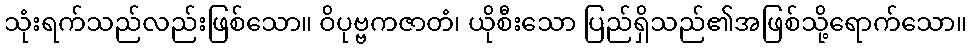
သုံးရက်သည်လည်းဖြစ်သော။ ဝိပုဗ္ဗကဇာတံ၊ ယိုစီးသော ပြည်ရှိသည်၏အဖြစ်သို့ရောက်သော။